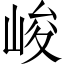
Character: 峻